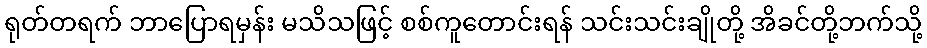
ရုတ်တရက် ဘာပြောရမှန်း မသိသဖြင့် စစ်ကူတောင်းရန် သင်းသင်းချိုတို့ အိခင်တို့ဘက်သို့